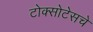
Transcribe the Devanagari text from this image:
टोक्सोटेसचे